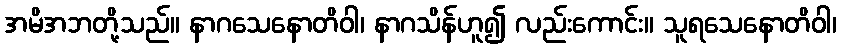
အမိအဘတို့သည်။ နာဂသေနောတိဝါ၊ နာဂသိန်ဟူ၍ လည်းကောင်း။ သူရသေနောတိဝါ၊